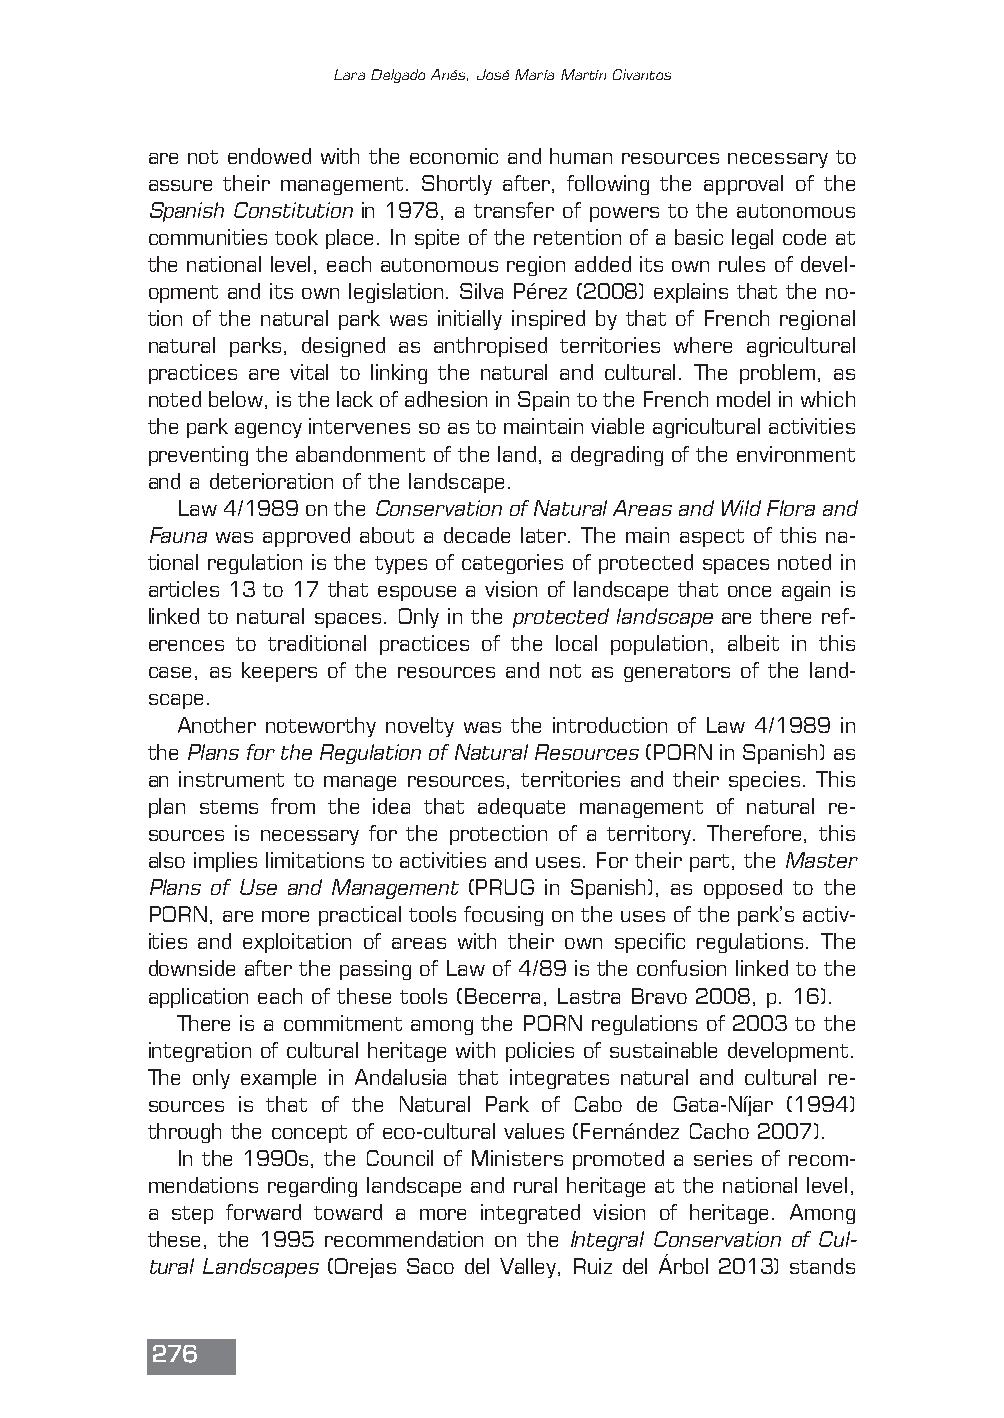
Lara Delgado Anés, José María Martín Civantos
 are not endowed with the economic and human resources necessary to
 assure their management. Shortly after, following the approval of the
 Spanish Constitutionin 1978, a transfer of powers to the autonomous
 communities took place. In spite of the retention of a basic legal code at
 the national level, each autonomous region added its own rules of devel-
 opment and its own legislation. Silva Pérez (2008) explains that the no-
 tion of the natural park was initially inspired by that of French regional
 natural parks, designed as anthropised territories where agricultural
 practices are vital to linking the natural and cultural. The problem, as
 noted below, is the lack of adhesion in Spain to the French model in which
 the park agency intervenes so as to maintain viable agricultural activities
 preventing the abandonment of the land, a degrading of the environment
 and a deterioration of the landscape.
 Law 4/1989 on the Conservation of Natural Areas and Wild Flora and
 Faunawas approved about a decade later. The main aspect of this na-
 tional regulation is the types of categories of protected spaces noted in
 articles 13 to 17 that espouse a vision of landscape that once again is
 linked to natural spaces. Only in the protected landscapeare there ref-
 erences to traditional practices of the local population, albeit in this
 case, as keepers of the resources and not as generators of the land-
 scape.
 Another noteworthy novelty was the introduction of Law 4/1989 in
 the Plans for the Regulation of Natural Resources(PORN in Spanish) as
 an instrument to manage resources, territories and their species. This
 plan stems from the idea that adequate management of natural re-
 sources is necessary for the protection of a territory. Therefore, this
 also implies limitations to activities and uses. For their part, the Master
 Plans of Use and Management (PRUG in Spanish), as opposed to the
 PORN, are more practical tools focusing on the uses of the park’s activ-
 ities and exploitation of areas with their own specific regulations. The
 downside after the passing of Law of 4/89 is the confusion linked to the
 application each of these tools (Becerra, Lastra Bravo 2008, p. 16).
 There is a commitment among the PORN regulations of 2003 to the
 integration of cultural heritage with policies of sustainable development.
 The only example in Andalusia that integrates natural and cultural re-
 sources is that of the Natural Park of Cabo de Gata-Níjar (1994)
 through the concept of eco-cultural values (Fernández Cacho 2007).
 In the 1990s, the Council of Ministers promoted a series of recom-
 mendations regarding landscape and rural heritage at the national level,
 a step forward toward a more integrated vision of heritage. Among
 these, the 1995 recommendation on the Integral Conservation of Cul-
 tural Landscapes(Orejas Saco del Valley, Ruiz del árbol 2013) stands
 276